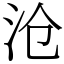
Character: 沧